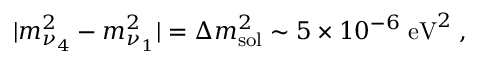
| m _ { \nu _ { 4 } } ^ { 2 } - m _ { \nu _ { 1 } } ^ { 2 } | = \Delta m _ { \mathrm { s o l } } ^ { 2 } \sim 5 \times 1 0 ^ { - 6 } \; \mathrm { e V } ^ { 2 } \; ,